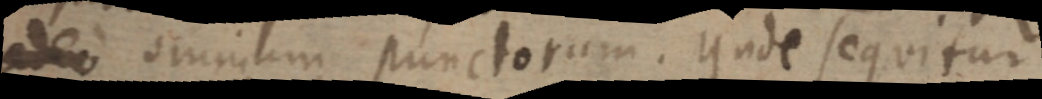
adeo omnium punctorum. Unde sequitur